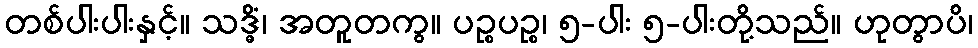
တစ်ပါးပါးနှင့်။ သဒ္ဓိံ၊ အတူတကွ။ ပဉ္စပဉ္စ၊ ၅-ပါး ၅-ပါးတို့သည်။ ဟုတွာပိ၊